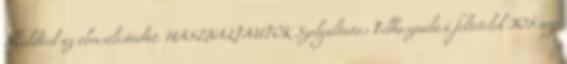
elküldted az olvasólistádat. HASZNÁLTAUTÓK Szolgáltatás Felhasználási feltételek IOS app